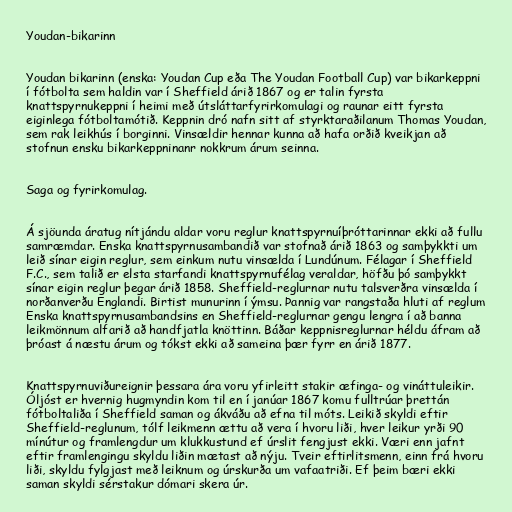
Youdan-bikarinn

Youdan bikarinn (enska: Youdan Cup eða The Youdan Football Cup) var bikarkeppni
í fótbolta sem haldin var í Sheffield árið 1867 og er talin fyrsta
knattspyrnukeppni í heimi með útsláttarfyrirkomulagi og raunar eitt fyrsta
eiginlega fótboltamótið. Keppnin dró nafn sitt af styrktaraðilanum Thomas Youdan,
sem rak leikhús í borginni. Vinsældir hennar kunna að hafa orðið kveikjan að
stofnun ensku bikarkeppninanr nokkrum árum seinna.

Saga og fyrirkomulag.

Á sjöunda áratug nítjándu aldar voru reglur knattspyrnuíþróttarinnar ekki að fullu
samræmdar. Enska knattspyrnusambandið var stofnað árið 1863 og samþykkti um
leið sínar eigin reglur, sem einkum nutu vinsælda í Lundúnum. Félagar í Sheffield
F.C., sem talið er elsta starfandi knattspyrnufélag veraldar, höfðu þó samþykkt
sínar eigin reglur þegar árið 1858. Sheffield-reglurnar nutu talsverðra vinsælda í
norðanverðu Englandi. Birtist munurinn í ýmsu. Þannig var rangstaða hluti af reglum
Enska knattspyrnusambandsins en Sheffield-reglurnar gengu lengra í að banna
leikmönnum alfarið að handfjatla knöttinn. Báðar keppnisreglurnar héldu áfram að
þróast á næstu árum og tókst ekki að sameina þær fyrr en árið 1877.

Knattspyrnuviðureignir þessara ára voru yfirleitt stakir æfinga- og vináttuleikir.
Óljóst er hvernig hugmyndin kom til en í janúar 1867 komu fulltrúar þrettán
fótboltaliða í Sheffield saman og ákváðu að efna til móts. Leikið skyldi eftir
Sheffield-reglunum, tólf leikmenn ættu að vera í hvoru liði, hver leikur yrði 90
mínútur og framlengdur um klukkustund ef úrslit fengjust ekki. Væri enn jafnt
eftir framlengingu skyldu liðin mætast að nýju. Tveir eftirlitsmenn, einn frá hvoru
liði, skyldu fylgjast með leiknum og úrskurða um vafaatriði. Ef þeim bæri ekki
saman skyldi sérstakur dómari skera úr.